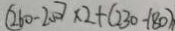
( 2 6 0 - 2 0 0 ) \times 2 + ( 2 3 0 - 1 8 0 )